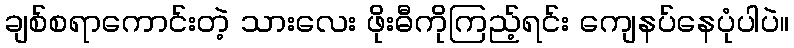
ချစ်စရာကောင်းတဲ့ သားလေး ဖိုးဓီကိုကြည့်ရင်း ကျေနပ်နေပုံပါပဲ။